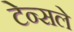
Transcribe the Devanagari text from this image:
टेन्सले